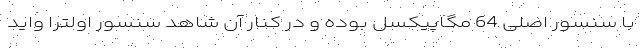
با سنسور اصلی 64 مگاپیکسل بوده و در کنار آن شاهد سنسور اولترا واید